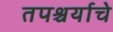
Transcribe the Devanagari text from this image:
तपश्चर्याचे